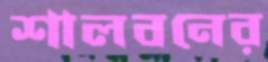
শালবনের